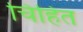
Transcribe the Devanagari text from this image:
चिहित